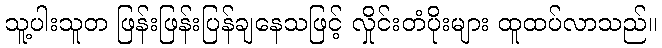
သူ့ပါးသူတ ဖြန်းဖြန်းပြန်ချနေသဖြင့် လှိုင်းတံပိုးများ ထူထပ်လာသည်။